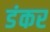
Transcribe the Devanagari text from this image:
डंकर